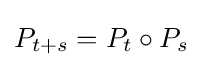
P_{t+s}=P_{t}\circ P_{s}